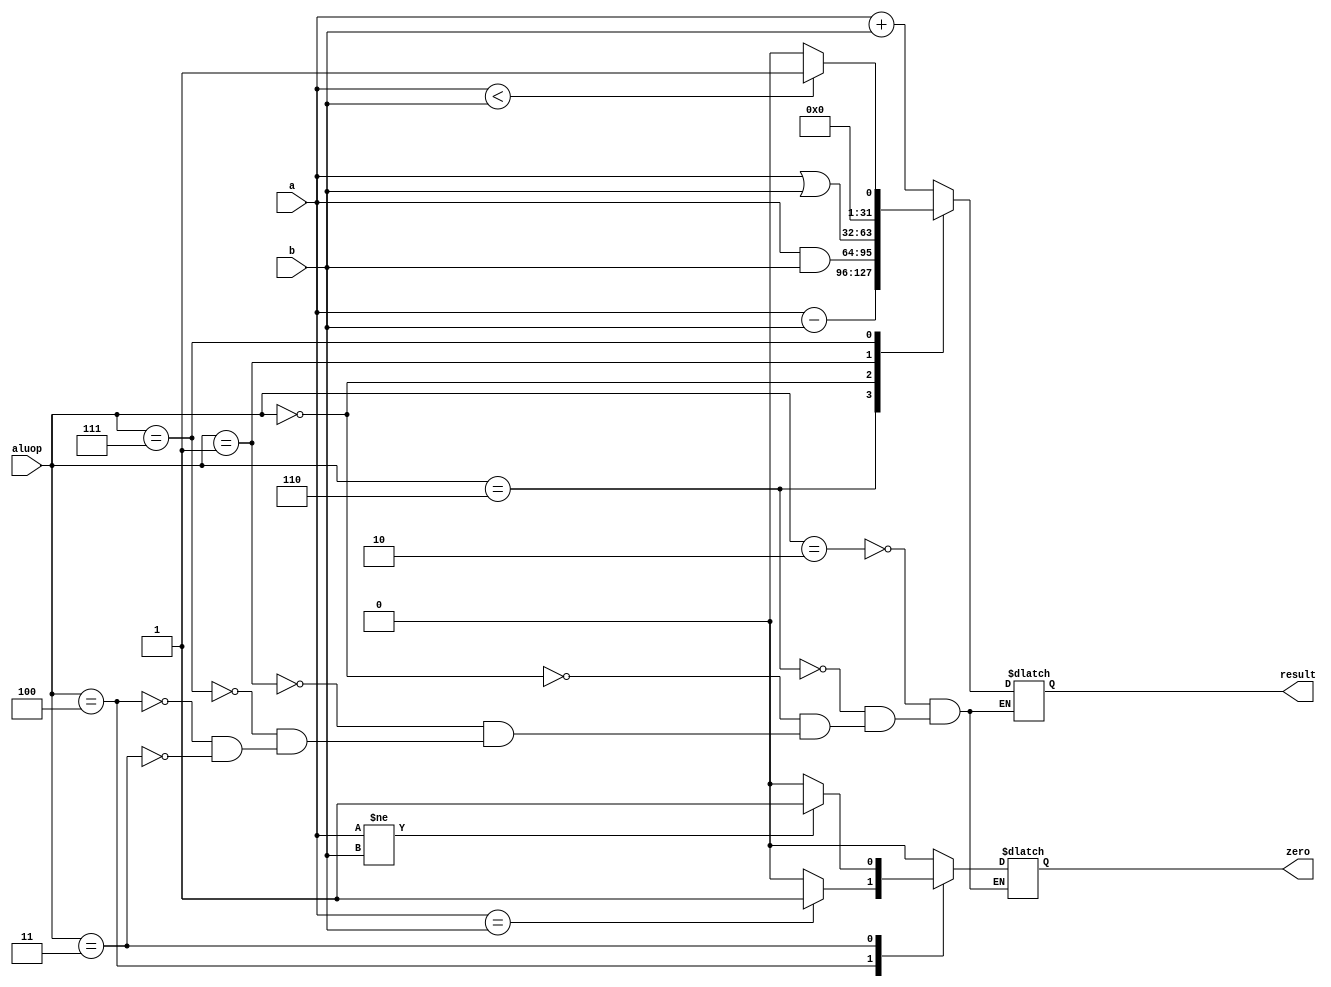

module alu(a,b,aluop,result,zero);
input [31:0] a,b;
input [2:0] aluop;
output reg [31:0] result; 
output reg zero;

always @(*)
begin
   case (aluop)
      3'b010: //ADD
      begin
         result <= a + b; 
         zero <= 1'b0;
      end 
      3'b110: //SUB
      begin
         result <= a - b; 
         zero <= 1'b0;            
      end 
      3'b000: //AND
      begin
         result <= a & b; 
         zero <= 1'b0;
      end 
      3'b001: //OR
      begin
         result <= a | b; 
         zero <= 1'b0;
      end 
      3'b111: //SLT
      begin
         result <= (a < b) ? 1:0; 
         zero <= 1'b0;  
      end
      3'b100: //BEQ 
      begin
         result <= 32'dx; 
         zero <= (a==b) ? 1'b1:1'b0;
      end 
      3'b011: //BNQ 
      begin
         result <= 32'dx; 
         zero <= (a!=b) ? 1'b1:1'b0;
      end
    endcase
end 
endmodule